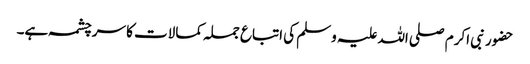
حضور نبی اکرم صلی اللہ علیہ وسلم کی اتباع جملہ کمالات کا سرچشمہ ہے۔